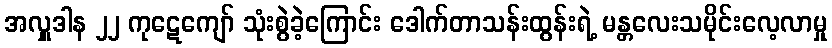
အလှူဒါန ၂၂ ကုဋေကျော် သုံးစွဲခဲ့ကြောင်း ဒေါက်တာသန်းထွန်းရဲ့ မန္တလေးသမိုင်းလေ့လာမှု